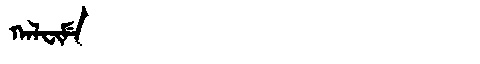
Manchu: ᡴᠠᠯᠸᡳᠮᡝ
Romanization: KALFIME